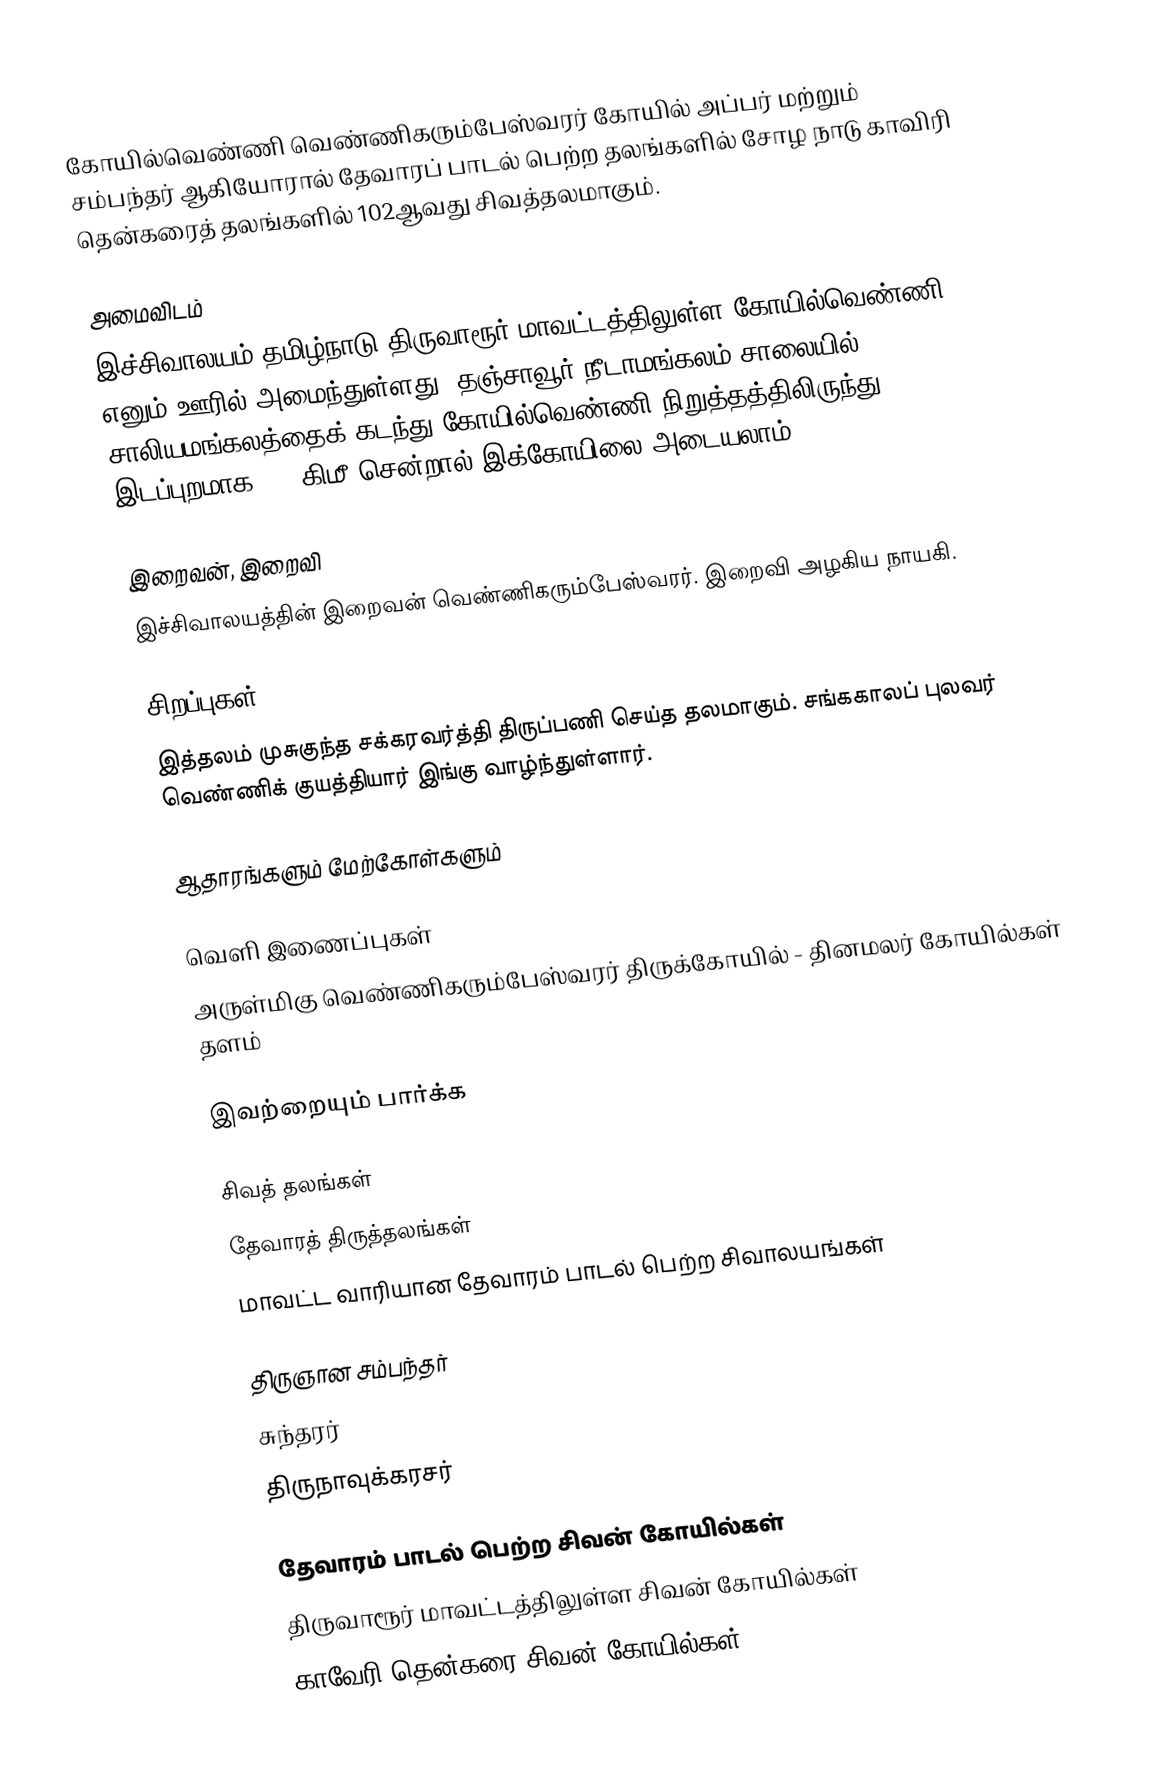
கோயில்வெண்ணி வெண்ணிகரும்பேஸ்வரர் கோயில் அப்பர் மற்றும் சம்பந்தர் ஆகியோரால் தேவாரப் பாடல் பெற்ற தலங்களில்  சோழ நாடு காவிரி தென்கரைத் தலங்களில் 102ஆவது சிவத்தலமாகும்.

அமைவிடம்
இச்சிவாலயம் தமிழ்நாடு திருவாரூர் மாவட்டத்திலுள்ள கோயில்வெண்ணி எனும் ஊரில் அமைந்துள்ளது. தஞ்சாவூர்-நீடாமங்கலம்  சாலையில் சாலியமங்கலத்தைக் கடந்து கோயில்வெண்ணி நிறுத்தத்திலிருந்து இடப்புறமாக 1/2 கிமீ சென்றால் இக்கோயிலை அடையலாம்.

இறைவன், இறைவி
இச்சிவாலயத்தின் இறைவன் வெண்ணிகரும்பேஸ்வரர். இறைவி அழகிய நாயகி.

சிறப்புகள்
இத்தலம் முசுகுந்த சக்கரவர்த்தி திருப்பணி செய்த தலமாகும். சங்ககாலப் புலவர் வெண்ணிக் குயத்தியார் இங்கு வாழ்ந்துள்ளார்.

ஆதாரங்களும் மேற்கோள்களும்

வெளி இணைப்புகள்
அருள்மிகு வெண்ணிகரும்பேஸ்வரர் திருக்கோயில் - தினமலர் கோயில்கள் தளம்

இவற்றையும் பார்க்க

 சிவத் தலங்கள்
 தேவாரத் திருத்தலங்கள்
 மாவட்ட வாரியான தேவாரம் பாடல் பெற்ற சிவாலயங்கள்

 திருஞான சம்பந்தர்
 சுந்தரர்
 திருநாவுக்கரசர்

தேவாரம் பாடல் பெற்ற சிவன் கோயில்கள்
திருவாரூர் மாவட்டத்திலுள்ள சிவன் கோயில்கள்
காவேரி தென்கரை சிவன் கோயில்கள்